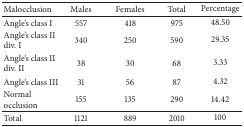
| Malocclusion | Males | Females | Total | Percentage |
 | --- | --- | --- | --- | --- |
 | Angle's class I | 557 | 418 | 975 | 48.50 |
 | Angle's class IIdiv. I | 340 | 250 | 590 | 29.35 |
 | Angle's class IIdiv. II | 38 | 30 | 68 | 3.33 |
 | Angle's class III | 31 | 56 | 87 | 4.32 |
 | Normal occlusion | 155 | 135 | 290 | 14.42 |
 | Total | 1121 | 889 | 2010 | 100 |